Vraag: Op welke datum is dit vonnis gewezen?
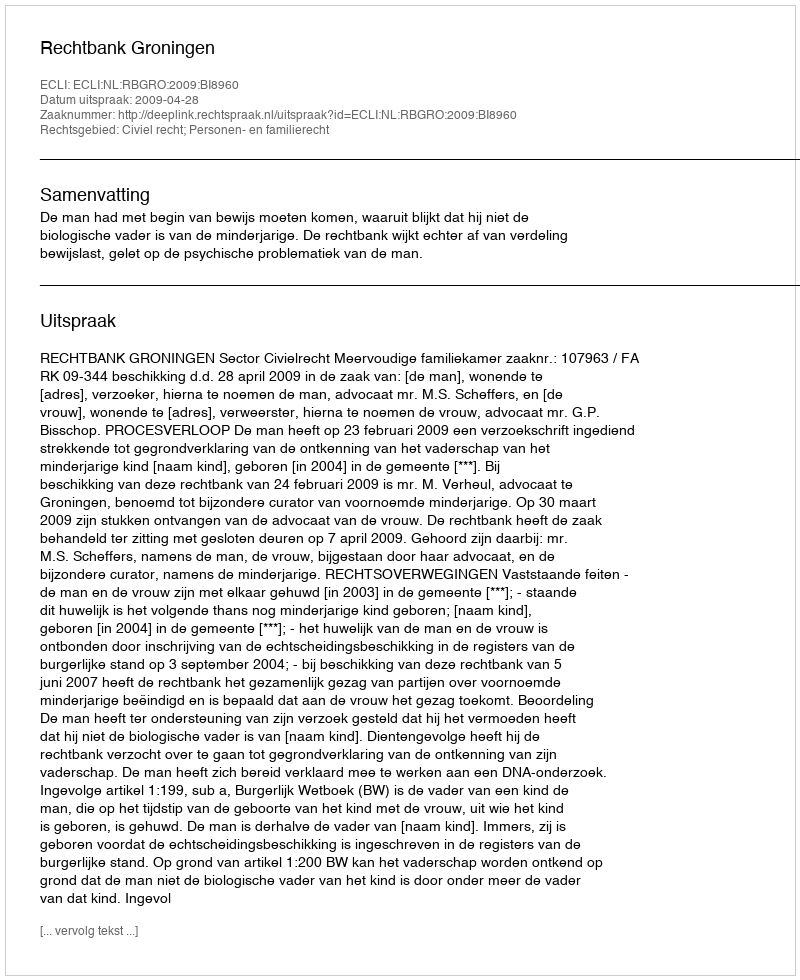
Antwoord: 2009-04-28